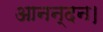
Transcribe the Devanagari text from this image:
आनन्दन।